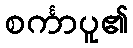
စင်္ကာပူ၏